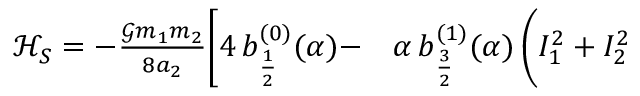
\begin{array} { r l } { \mathcal { H } _ { S } = - \frac { \mathcal { G } m _ { 1 } m _ { 2 } } { 8 a _ { 2 } } \bigg [ 4 \, b _ { \frac { 1 } { 2 } } ^ { ( 0 ) } ( \alpha ) - } & { { } \alpha \, b _ { \frac { 3 } { 2 } } ^ { ( 1 ) } ( \alpha ) \, \bigg ( I _ { 1 } ^ { 2 } + I _ { 2 } ^ { 2 } } \end{array}